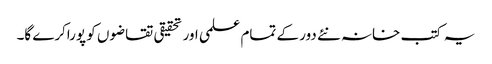
یہ کتب خانہ نئے دور کے تمام علمی اور تحقیقی تقاضوں کو پوراکرے گا۔